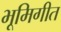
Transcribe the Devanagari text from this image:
भूमिगीत